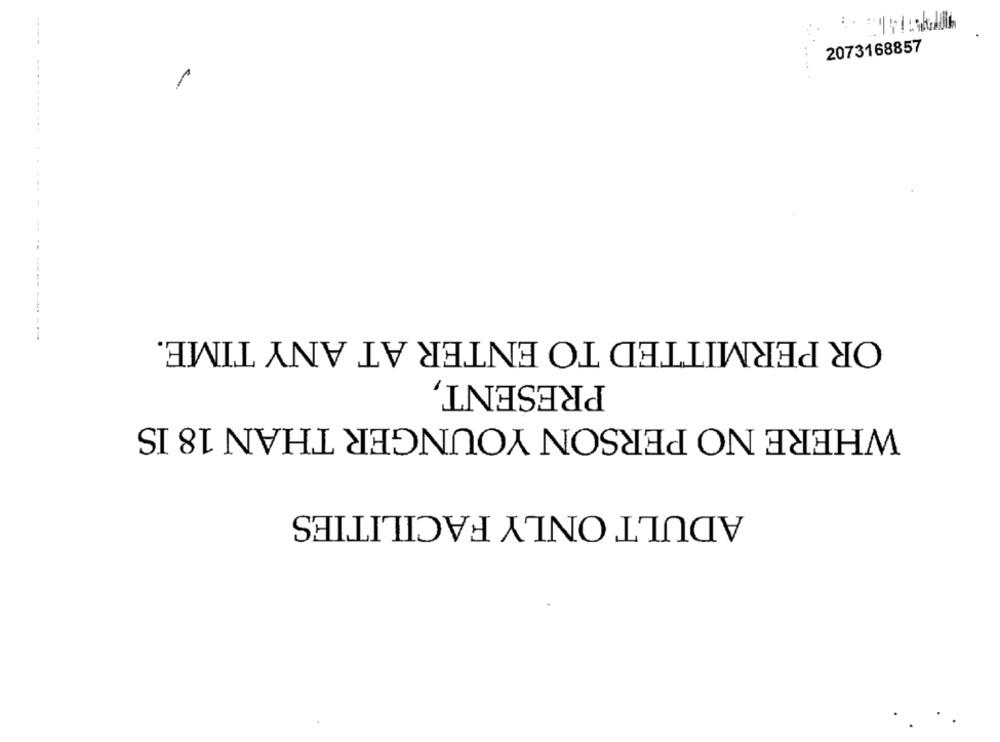
------
2073168857
.......
OR PERMITTED TO ENTER AT ANY TIME.
--------
PRESENT,
WHERE NO PERSON YOUNGER THAN 18 IS
ADULT ONLY FACILITIES